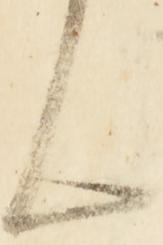
ん